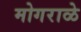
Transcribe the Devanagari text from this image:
मोगराळे